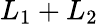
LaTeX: L_{1}+L_{2}